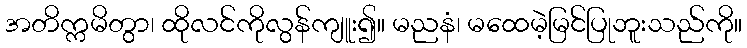
အတိက္ကမိတွာ၊ ထိုလင်ကိုလွန်ကျူး၍။ မညနံ၊ မထေမဲ့မြင်ပြုဘူးသည်ကို။